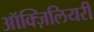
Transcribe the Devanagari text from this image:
ऑक्ज़िलियरी